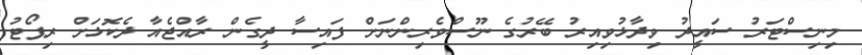
މިނިސްޓަރު ސައީދު ވިދާޅުވިއިރު ބޭރުގެ ނޫސްވެރިންނަށް ފައިސާ ދީގެން ރާއްޖެއާ ދެކޮޅަށް ރިޕޯޓު